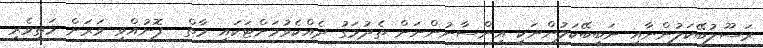
ރަސޫލުބޭކަލުންނާއި ނަބީބޭކަލުންނަކީ އިންސާނުންނަށް ތެދުމަގު ދެއްކެވުމަށްޓަކައި މާތް  ފޮނުއްވި ވަރަށް މަތިވެރި